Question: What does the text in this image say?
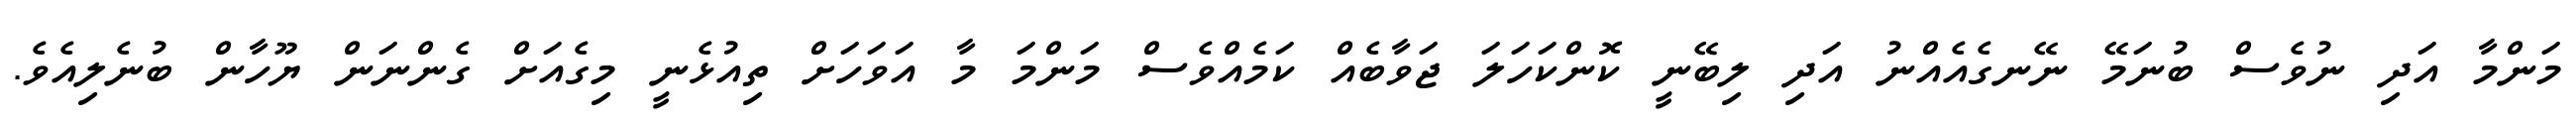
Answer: މަންމާ އަދި ނުވެސް ބުނަމޭ ނޭނގެއެއްނު އަދި ލިބޭނީ ކޮންކަހަލަ ޖަވާބެއް ކަމެއްވެސް މަންމަ މާ އަވަހަށް ތިއުޅެނީ މިގެއަށް ގެންނަން ޔޫހާން ބުނެލިއެވެ.